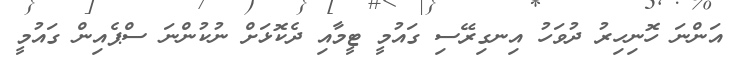
އަންނަ ހޮނިހިރު ދުވަހު އިނގިރޭސި ގައުމީ ޓީމާއި ދެކޮޅަށް ނުކުންނަ ސްޕެއިން ގައުމީ